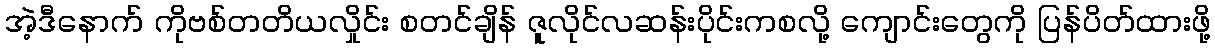
အဲ့ဒီနောက် ကိုဗစ်တတိယလှိုင်း စတင်ချိန် ဇူလိုင်လဆန်းပိုင်းကစလို့ ကျောင်းတွေကို ပြန်ပိတ်ထားဖို့